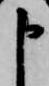
申